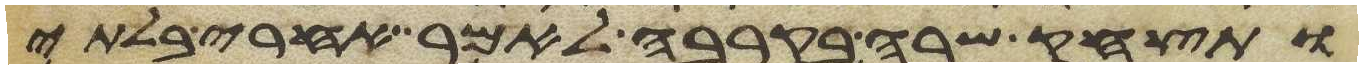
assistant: ותצחק שרה בקרבה לאמר אחרי בלתי